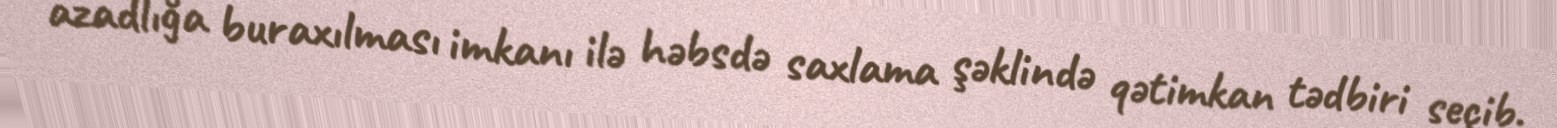
azadlığa buraxılması imkanı ilə həbsdə saxlama şəklində qətimkan tədbiri seçib.